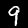
Label: 9